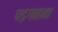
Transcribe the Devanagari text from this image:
पड़गाहना